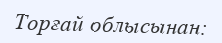
Торғай облысынан: